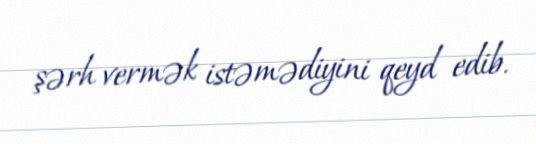
şərh vermək istəmədiyini qeyd edib.